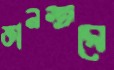
জ্ঞানস্তরে